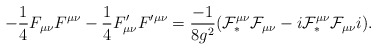
\begin{align*}-\frac{1}{4} F_{\mu\nu} F^{\mu\nu} - \frac{1}{4} F'_{\mu\nu}F'^{\mu\nu}= \frac{-1}{8g^2}({\cal F}_{\ast}^{\mu\nu}{\cal F}_{\mu\nu}- i {\cal F}_{\ast}^{\mu\nu}{\cal F}_{\mu\nu} i) .\end{align*}